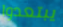
يبتعدوا